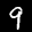
Label: 9